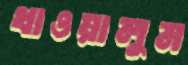
খাওয়ালুম